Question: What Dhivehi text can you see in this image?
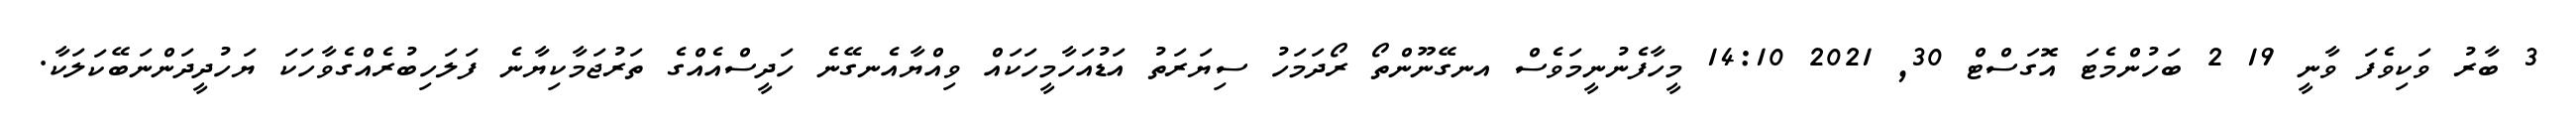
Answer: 3 ބާރު ވަކިވެފަ ވާނީ 19 2 ބަހުންމެޓަ އޮގަސްޓް 30, 2021 14:10 މީހާފެނުނީމަވެސް އނގޭނޫންތޯ ރޯދަމަހު ސިޔަރަތު އަޑުއަހާމީހަކައް ވިއްޔާއެނގޭނެ ހަދީސްއެއްގެ ތަރުޖަމާކިޔާނެ ފަލަހިބުރެއްގެވާހަކަ ޔަހުދީދަންނަބޭކަލަކާ.